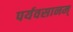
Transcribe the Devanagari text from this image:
पर्यवसानम्